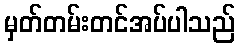
မှတ်တမ်းတင်အပ်ပါသည်